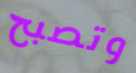
وتصبح